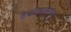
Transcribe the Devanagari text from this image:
टेकड्यांमधून